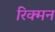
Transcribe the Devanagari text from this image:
रिक्मन